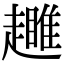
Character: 𧾕